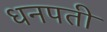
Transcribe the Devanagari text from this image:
धनपती